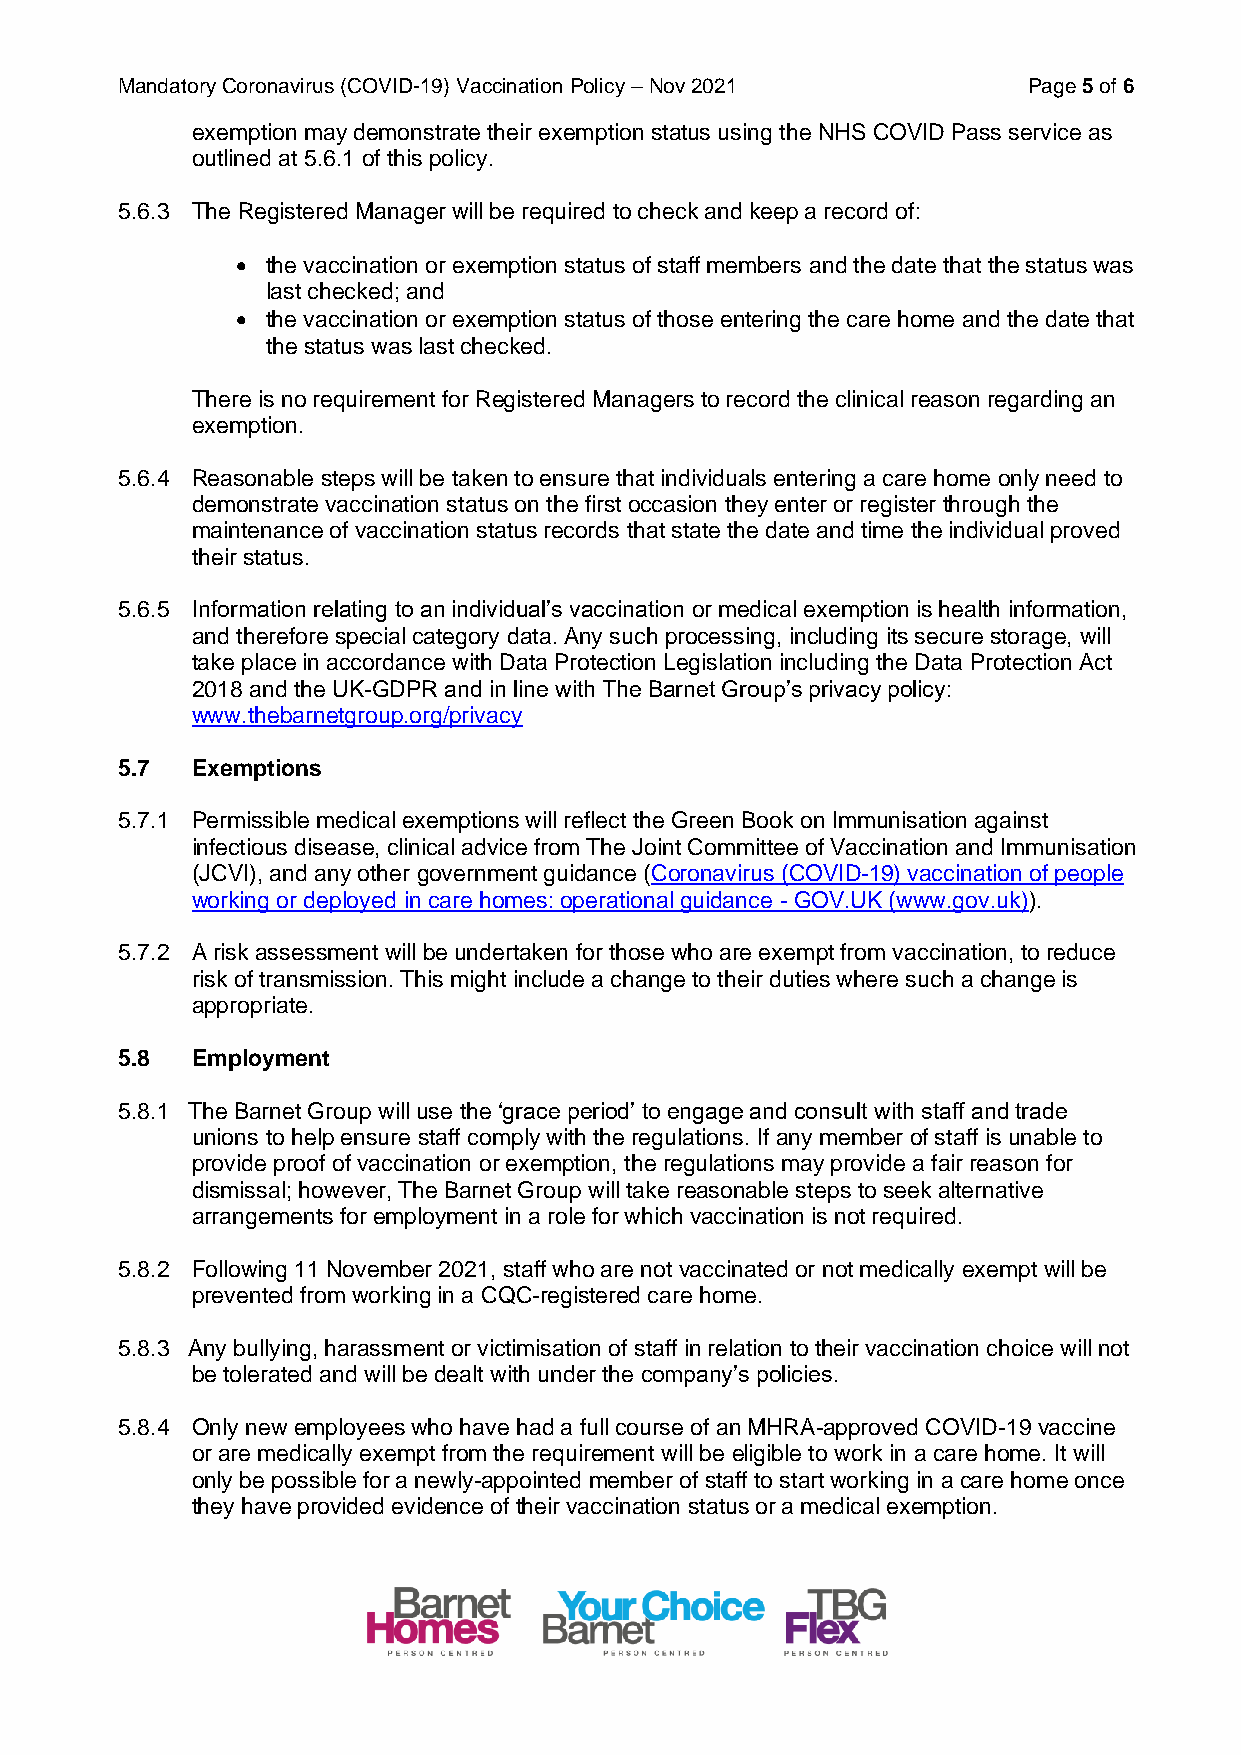
Mandatory Coronavirus (COVID-19) Vaccination Policy – Nov 2021 Page 5 of 6
 exemption may demonstrate their exemption status using the NHS COVID Pass service as
 outlined at 5.6.1 of this policy.
 5.6.3 The Registered Manager will be required to check and keep a record of:
 • the vaccination or exemption status of staff members and the date that the status was
 last checked; and
 • the vaccination or exemption status of those entering the care home and the date that
 the status was last checked.
 There is no requirement for Registered Managers to record the clinical reason regarding an
 exemption.
 5.6.4 Reasonable steps will be taken to ensure that individuals entering a care home only need to
 demonstrate vaccination status on the first occasion they enter or register through the
 maintenance of vaccination status records that state the date and time the individual proved
 their status.
 5.6.5 Information relating to an individual’s vaccination or medical exemption is health information,
 and therefore special category data. Any such processing, including its secure storage, will
 take place in accordance with Data Protection Legislation including the Data Protection Act
 2018 and the UK-GDPR and in line with The Barnet Group’s privacy policy:
 www.thebarnetgroup.org/privacy
 5.7  Exemptions
 5.7.1 Permissible medical exemptions will reflect the Green Book on Immunisation against
 infectious disease, clinical advice from The Joint Committee of Vaccination and Immunisation
 (JCVI), and any other government guidance (Coronavirus (COVID-19) vaccination of people
 working or deployed in care homes: operational guidance - GOV.UK (www.gov.uk)).
 5.7.2 A risk assessment will be undertaken for those who are exempt from vaccination, to reduce
 risk of transmission. This might include a change to their duties where such a change is
 appropriate.
 5.8  Employment
 5.8.1 The Barnet Group will use the ‘grace period’ to engage and consult with staff and trade
 unions to help ensure staff comply with the regulations. If any member of staff is unable to
 provide proof of vaccination or exemption, the regulations may provide a fair reason for
 dismissal; however, The Barnet Group will take reasonable steps to seek alternative
 arrangements for employment in a role for which vaccination is not required.
 5.8.2 Following 11 November 2021, staff who are not vaccinated or not medically exempt will be
 prevented from working in a CQC-registered care home.
 5.8.3 Any bullying, harassment or victimisation of staff in relation to their vaccination choice will not
 be tolerated and will be dealt with under the company’s policies.
 5.8.4 Only new employees who have had a full course of an MHRA-approved COVID-19 vaccine
 or are medically exempt from the requirement will be eligible to work in a care home. It will
 only be possible for a newly-appointed member of staff to start working in a care home once
 they have provided evidence of their vaccination status or a medical exemption.